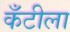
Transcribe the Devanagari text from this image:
कँटीला